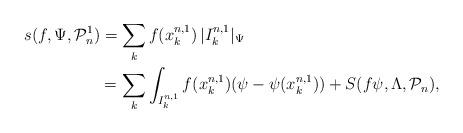
LaTeX: \begin{align*} s(f,\Psi,\mathcal{P}^1_n) &= \sum_{k} f(x_k^{n,1})\, |I^{n,1}_k|_\Psi \\ &= \sum_{k} \int_{I_k^{n,1}} f(x_k^{n,1}) (\psi-\psi(x_k^{n,1}))+ S(f\psi,\Lambda,\mathcal{P}_n),\end{align*}